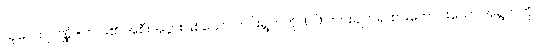
သူပေယျပဏ္ဏံ =ဟင်း၏ အစီးအပွားဖြစ်သော ဟင်းရွက်ကို။ (ဝါ) ဟင်းချက်၍ စားကောင်းသော အရွက်ကို။